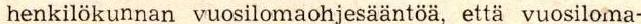
henkilökunnan vuosilomaohjesääntöä, että vuosiloma-